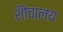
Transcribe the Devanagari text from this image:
शैोचालय